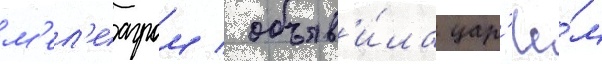
м'ел'еагром / объяв'и́ла цар'ё́м